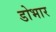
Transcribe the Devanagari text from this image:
डोभार